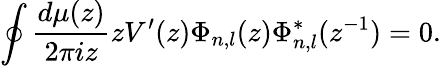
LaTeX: \oint\frac{d\mu(z)}{2\pi iz}zV^{\prime}(z)\Phi_{n,l}(z)\Phi_{n,l}^{*}(z^{-1})=0.